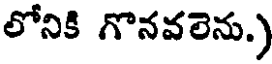
లోనికి గొనవలెను.)